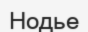
Нодье